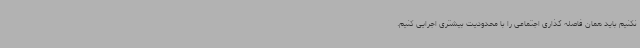
نکنیم باید همان فاصله گذاری اجتماعی را با محدودیت بیشتری اجرایی کنیم.